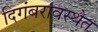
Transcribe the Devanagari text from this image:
दिगंबरावस्थेत